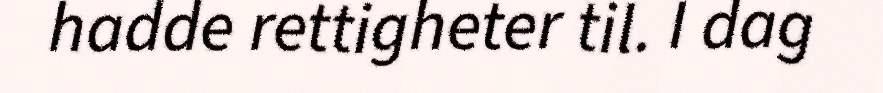
hadde rettigheter til. I dag